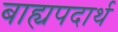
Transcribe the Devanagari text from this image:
बाह्यपदार्थ